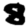
Digit: 8